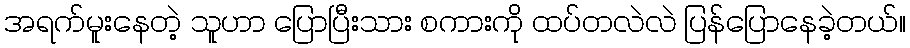
အရက်မူးနေတဲ့ သူဟာ ပြောပြီးသား စကားကို ထပ်တလဲလဲ ပြန်ပြောနေခဲ့တယ်။